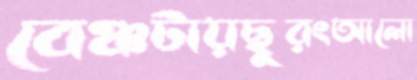
বেঞ্চটায়ছুরংআলো